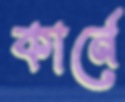
কার্নে